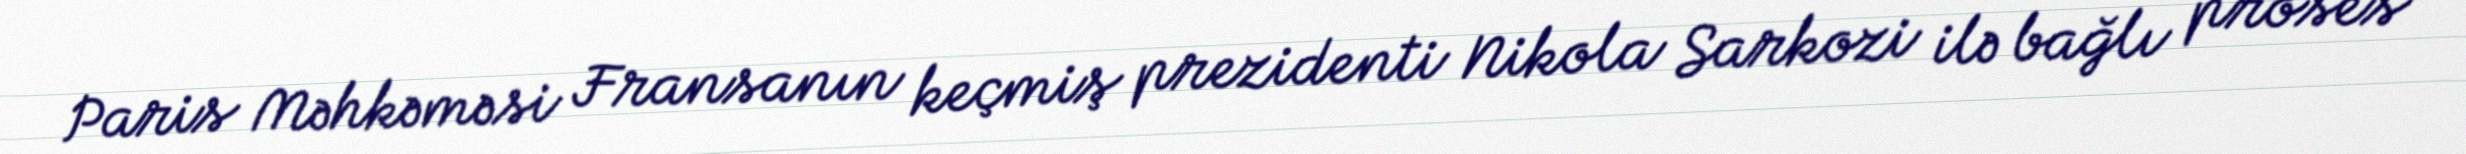
Paris Məhkəməsi Fransanın keçmiş prezidenti Nikola Sarkozi ilə bağlı proses